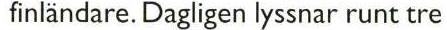
finländare. Dagligen lyssnar runt tre